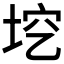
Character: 𡋉